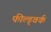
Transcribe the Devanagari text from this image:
फील्ड्वर्क